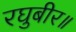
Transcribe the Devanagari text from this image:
रघुबीर॥